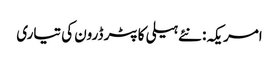
امریکہ: نئے ہیلی کاپٹر ڈرون کی تیاری